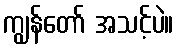
ကျွန်တော် အသင့်ပဲ။